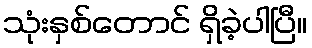
သုံးနှစ်တောင် ရှိခဲ့ပါပြီ။